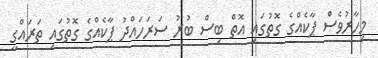
މިހާރުވެސް ޕާކެއްގެ ގޮތުގައި އޮތް ބިސް ބުރު ސަރަހައްދު ޕާކެއްގެ ގޮތުގައި ތަރައްގީ